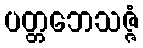
ပတ္တဘေသဇ္ဇံ